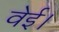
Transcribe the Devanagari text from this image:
वेई।